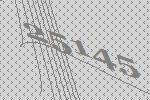
25145